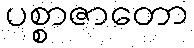
ပစ္စာဇာတော